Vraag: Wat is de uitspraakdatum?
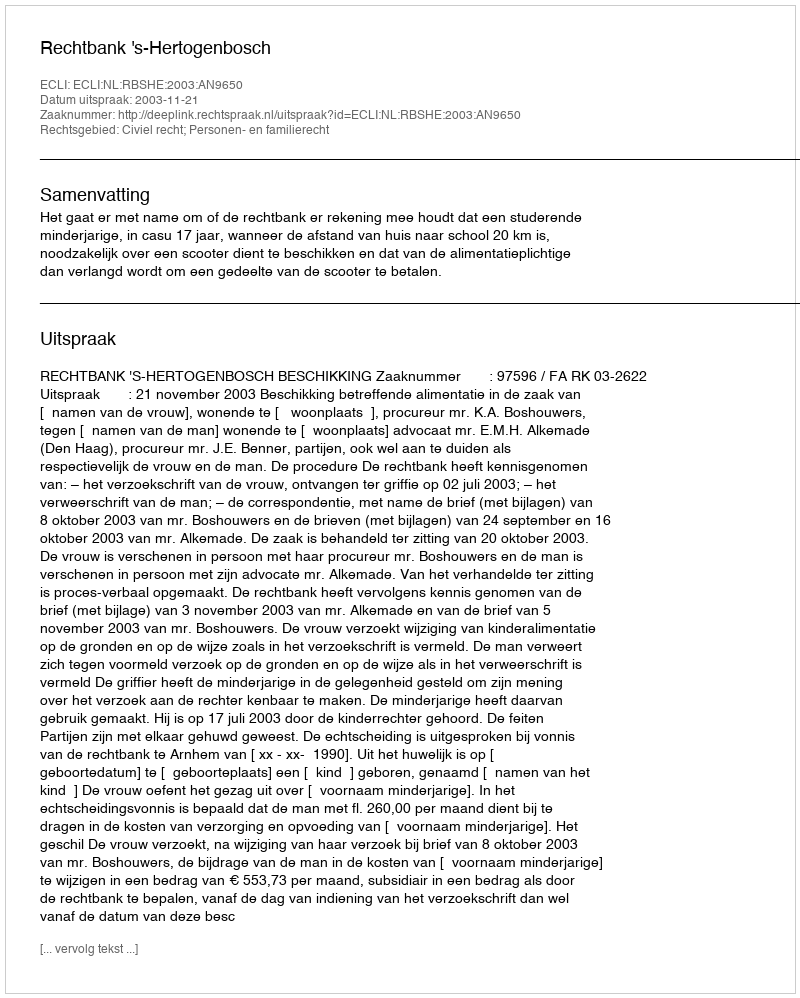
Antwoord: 2003-11-21